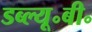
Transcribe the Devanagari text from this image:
डब्ल्यू॰बी॰